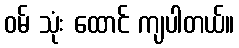
ဝမ် သုံး ထောင် ကျပါတယ်။